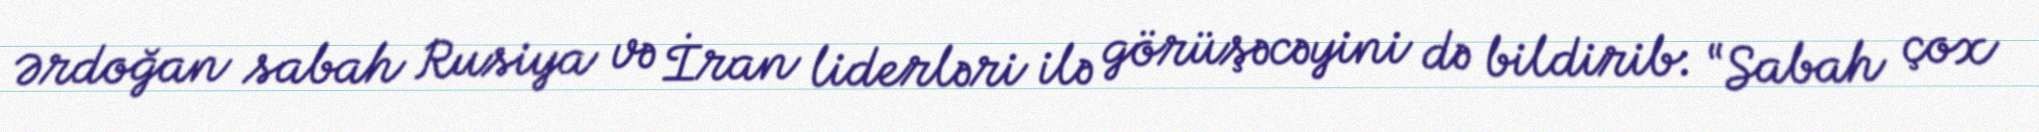
Ərdoğan sabah Rusiya və İran liderləri ilə görüşəcəyini də bildirib: “Sabah çox